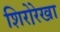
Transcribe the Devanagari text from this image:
शिरोरे़खा